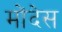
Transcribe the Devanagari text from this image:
मोंदेस